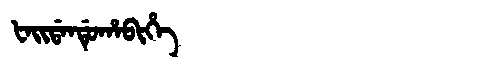
Manchu: ᡶᠠᡳᡩᠠᠨᡩᡠᡥᠠᠪᡳᡥᡝ
Romanization: FAIDANDUHABIHE